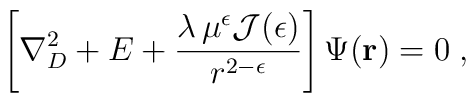
\left[\nabla^{2}_{{D}} +  E  + \frac{\lambda \, \mu^{\epsilon}{\mathcal J}(\epsilon)}{r^{2 -\epsilon}}\right]\Psi({\bf r}) = 0\;  ,